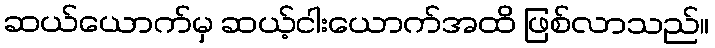
ဆယ်ယောက်မှ ဆယ့်ငါးယောက်အထိ ဖြစ်လာသည်။